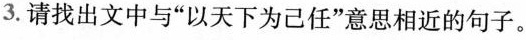
3.请找出文中与”以天下为己任”意思相近的句子。